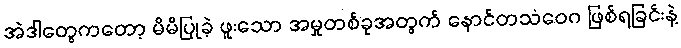
အဲဒါတွေကတော့ မိမိပြုခဲ့ ဖူးသော အမှုတစ်ခုအတွက် နောင်တသံဝေဂ ဖြစ်ရခြင်းနဲ့